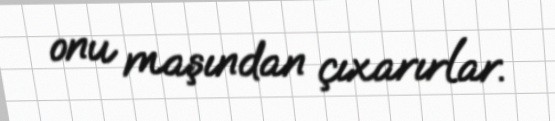
onu maşından çıxarırlar.